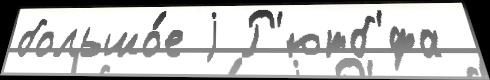
большо́е j Р'ютб'́фа